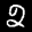
Label: 2